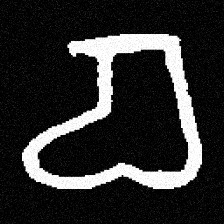
Pyu character \u2014 Myanmar letter: စ (romanized: ca)